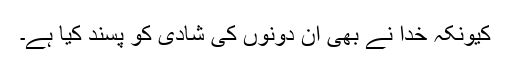
کیونکہ خدا نے بھی ان دونوں کی شادی کو پسند کیا ہے۔